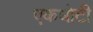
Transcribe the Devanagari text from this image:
एकधोटी